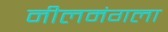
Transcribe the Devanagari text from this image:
नीलमंगला